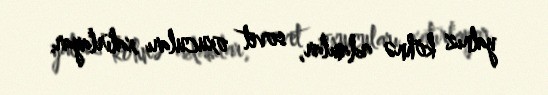
yalnız köhnə adamlar, sovet oxucuları xatırlayar.